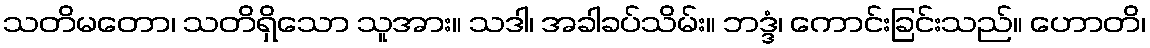
သတိမတော၊ သတိရှိသော သူအား။ သဒါ၊ အခါခပ်သိမ်း။ ဘဒ္ဒံ၊ ကောင်းခြင်းသည်။ ဟောတိ၊